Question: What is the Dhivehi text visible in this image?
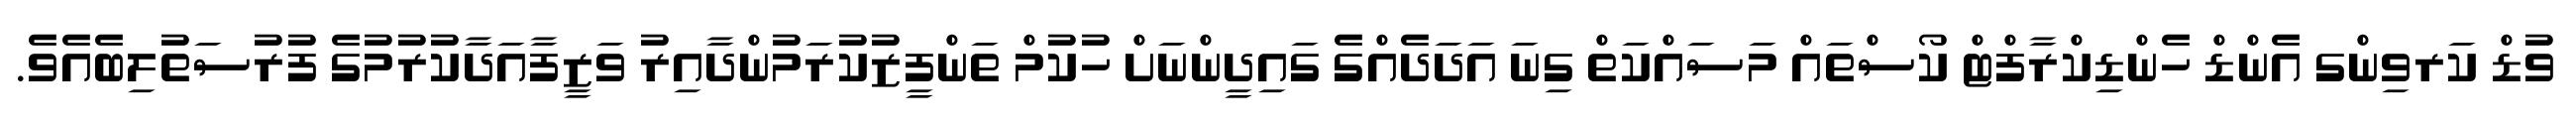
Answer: ވުޑް ކަރވިންގ އެންޑް ހެންޑިކްރާފްޓް ކޯސްތައް މަސައްކަތް ގިނަ އަދަދެއްގެ ގައިދީންނަށް ހުކުމް ތަންފީޒުކުރަމުންދާއިރު ވަޒީފާއަދާކުރުމުގެ ފުރުސަތުލިބެއެވެ.